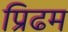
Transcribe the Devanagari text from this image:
प्रिढम